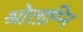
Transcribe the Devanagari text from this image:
श्रोताग्नि